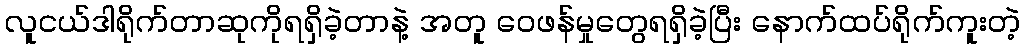
လူငယ်ဒါရိုက်တာဆုကိုရရှိခဲ့တာနဲ့ အတူ ဝေဖန်မှုတွေရရှိခဲ့ပြီး နောက်ထပ်ရိုက်ကူးတဲ့